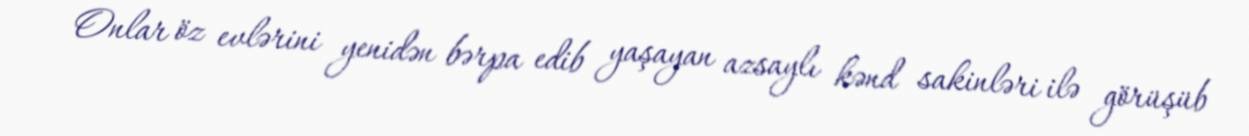
Onlar öz evlərini yenidən bərpa edib yaşayan azsaylı kənd sakinləri ilə görüşüb